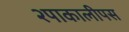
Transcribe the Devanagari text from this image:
२पाकालीपस